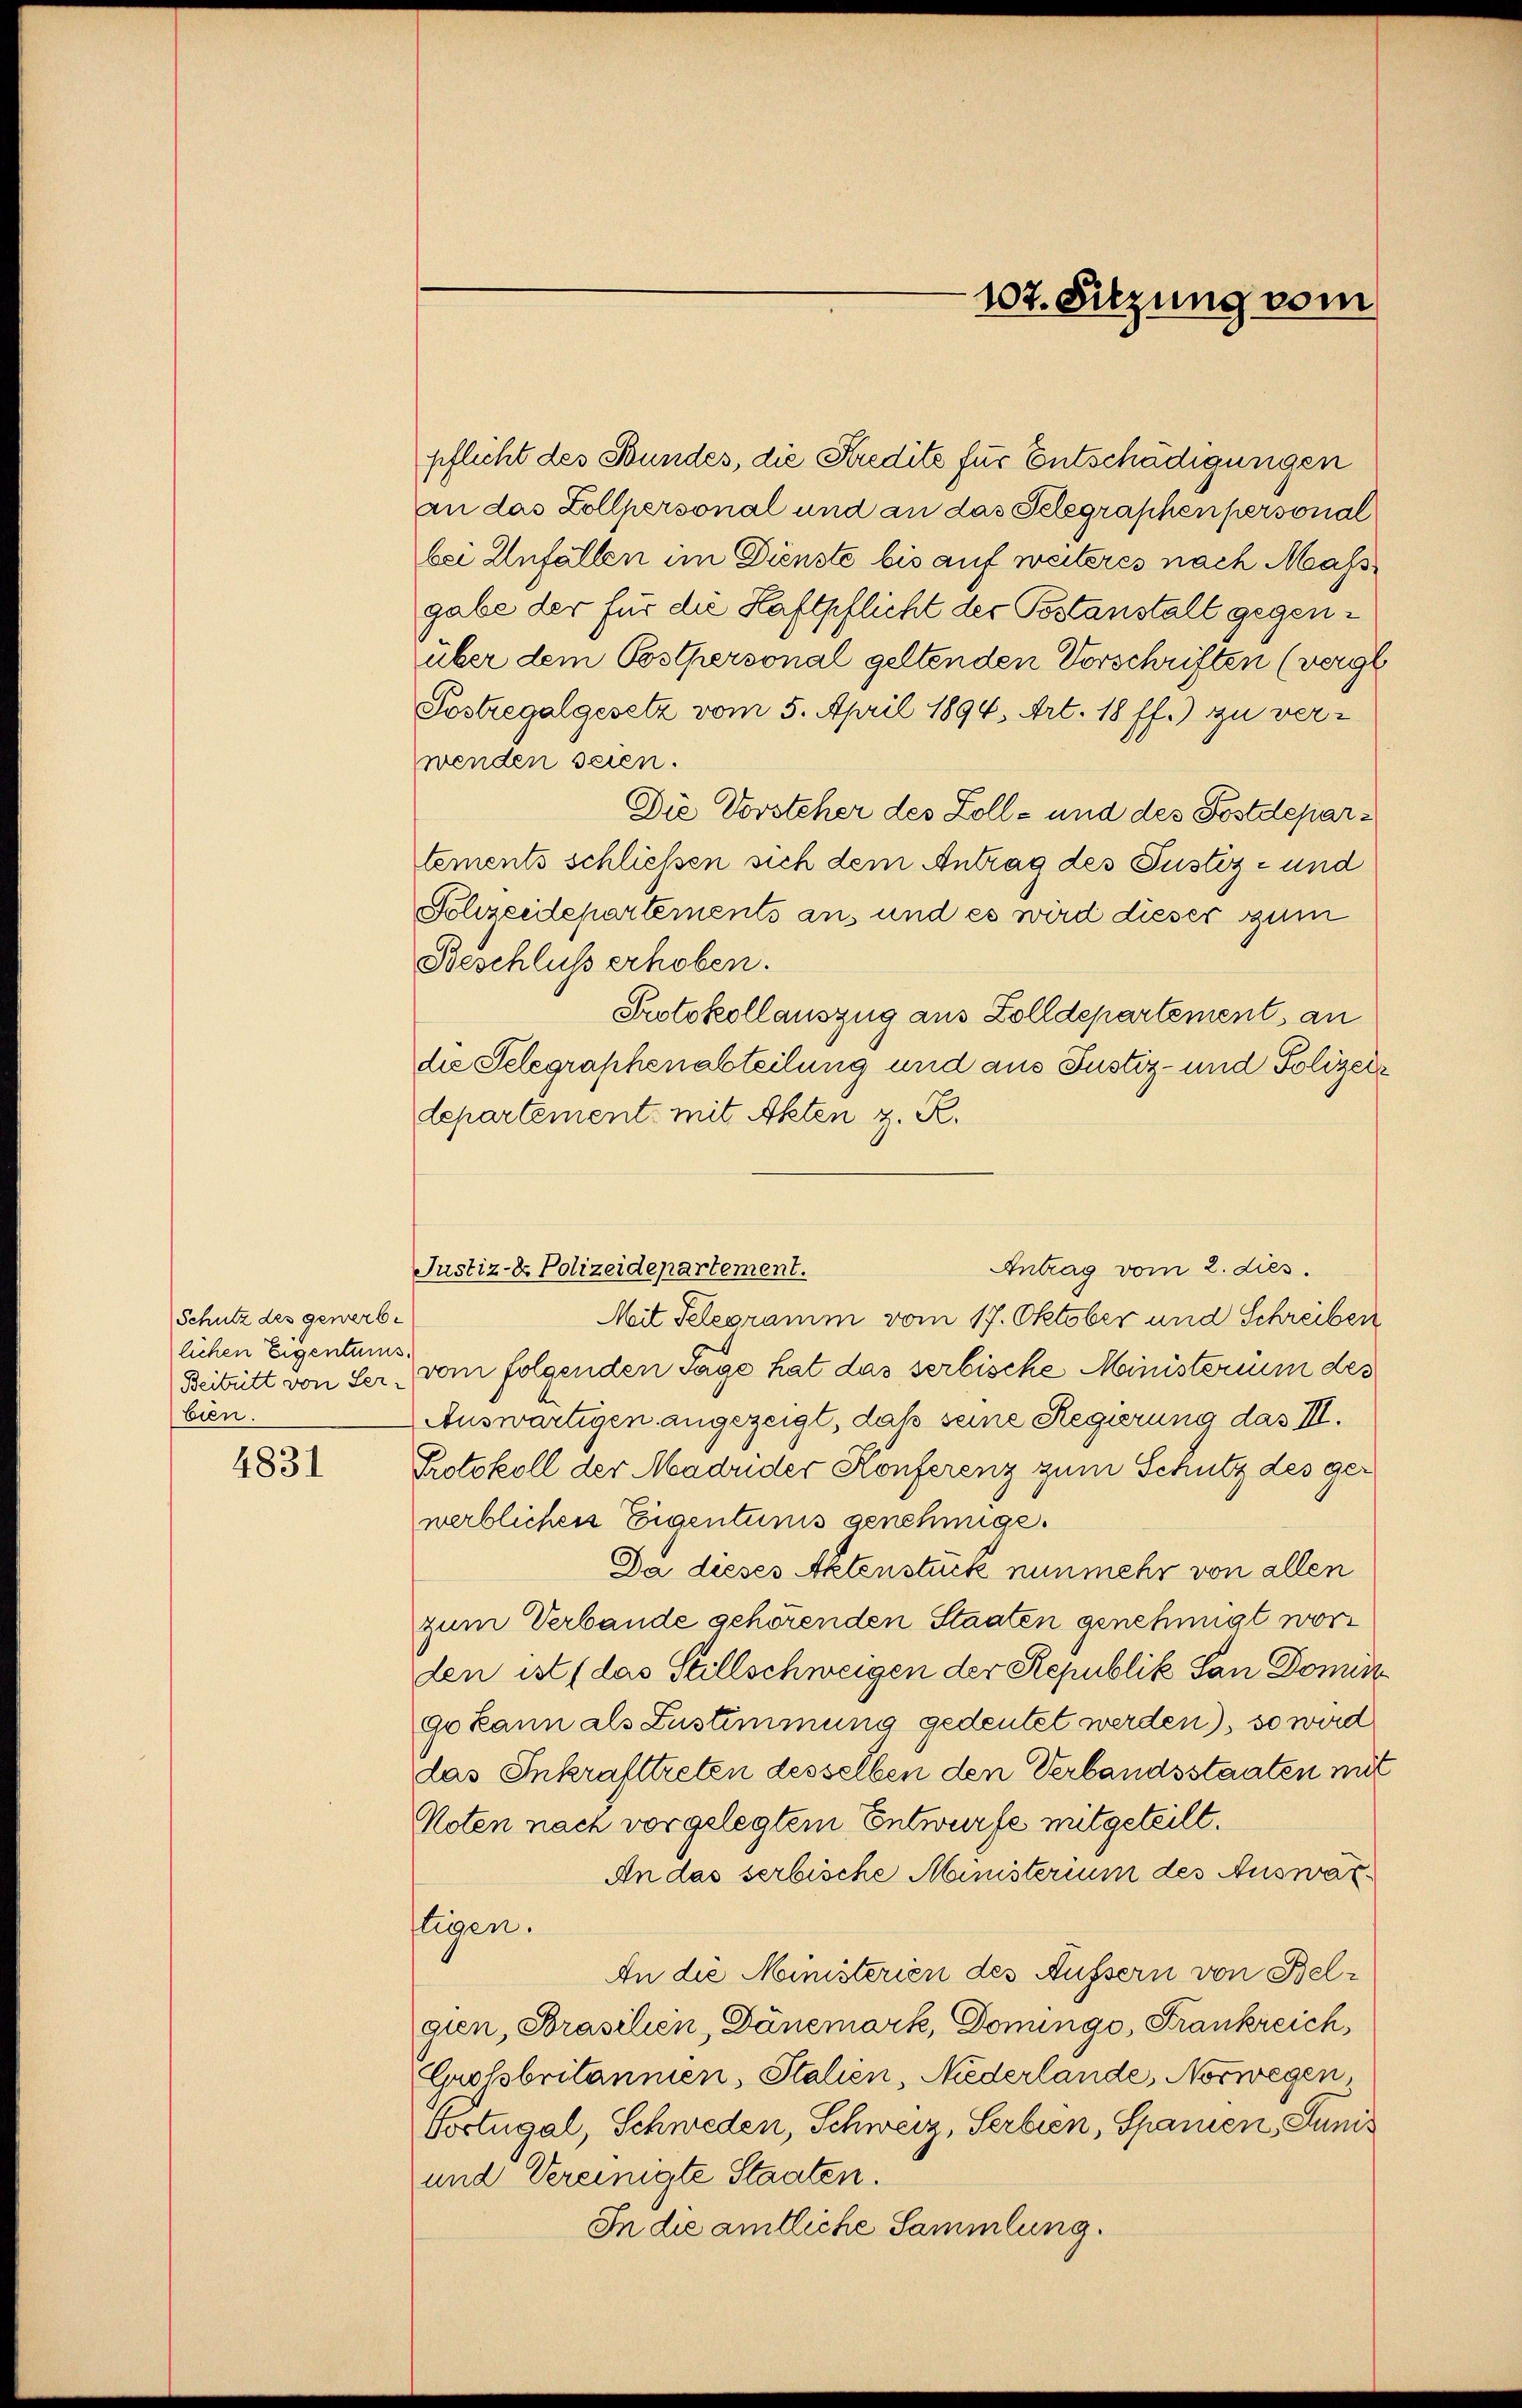
Schutz des gewerbe
"
lichen Eigentums.
bien.

4831

pflicht des Bundes, die Predite für Entschädigungen
an das Zollpersonal und an das Telegraphen personal
bei Anfällen im Dienste bis auf weiteres nach Mass
gabe der für die Haftpflicht der Postanstalt gegenüber dem Postpersonal geltenden Vorschriften (vergl
Sostregalgesetz vom 5. April 1894, Art. 18 ff.) zu verwenden seien.
Die Vorsteher des Zoll- und des Postdepartements schließen sich dem Antrag des Justiz- und
Polizeidepartements ans und es wird dieser zum
Beschluss erhoben.
Protokollauszug aus Zolldepartement, an
die Selegraphenabteilung und aus Justiz- und Polizeiz
departement mit Akten z. R.
Antrag vom 2. dies.
Meit Telegramm vom 17. Oktober und Schreiben
Beitritt von Ser, vom folgenden Tage hat das serbische Ministerium des
Auswärtigen angezeigt, daß seine Regierung das III.
Protokoll der Madrider Konferenz zum Schutz des gewerblichen Eigentunis genehmige.
Da dieses Aktenstück nunmehr von allen
zum Verbande gehörenden Staaten genehmigt worden ist (das Stillschweigen der Republik San Domin
ge kann als Zustimmung gedeutet werden), so wird
das Inkrafttreten desselben den Verbandsstaaten mit
Noten nach vorgelegtem Entwurfe mitgeteilt.
An das serbische Ministerium des Auswar¬
Eigen.
An die Ministerien des Äussern von Belgien, Brasilien, Dänemark, Domingo, Frankreich,
Großbritannien, Stalien, Niederlande, Norwegen,
Portugal, Schweden, Schweiz, Serbien, Spanien, Juni¬
und Vereinigte Staaten.
In die amtliche Sammlung.

Justiz- & Polizeidepartement.

107. Sitzung vom